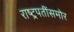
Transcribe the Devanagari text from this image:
राष्ट्रपतींसमोर